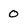
Character: 0